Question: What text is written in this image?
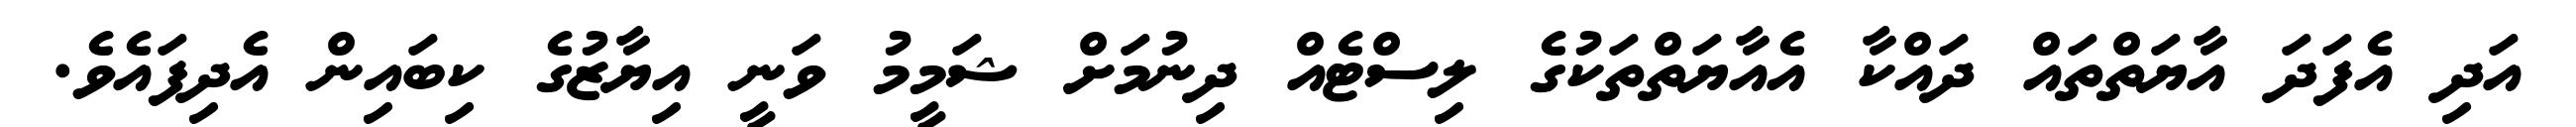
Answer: އަދި އެފަދަ އާޔަތްތައް ދައްކާ އެއާޔަތްތަކުގެ ލިސްޓެއް ދިނުމަށް ޝަމީމު ވަނީ އިޔާޒުގެ ކިބައިން އެދިފައެވެ.